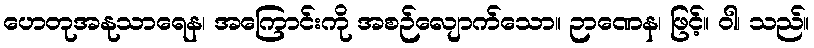
ဟေတုအနုသာရေန၊ အကြောင်းကို အစဉ်လျောက်သော။ ဉာဏေန၊ ဖြင့်။ ဝါ၊ သည်။